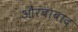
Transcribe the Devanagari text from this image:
औरंबाबाद